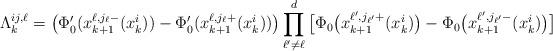
LaTeX: \begin{align*}\Lambda^{ij, \ell}_k = \big(\Phi'_0(x_{k+1}^{\ell,j_{\ell}-}(x_k^i)) - \Phi'_0(x_{k+1}^{\ell,j_{\ell}+}(x_k^i)) \big) \prod_{\ell' \not=\ell}^d \big[\Phi_0 \big( x_{k+1}^{\ell',j_{\ell'}+}(x_k^{i}) \big) - \Phi_0 \big( x_{k+1}^{\ell',j_{\ell'}-}(x_k^{i}) \big) \big]\end{align*}